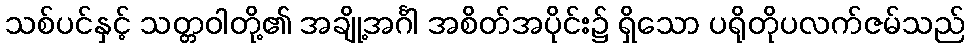
သစ်ပင်နှင့် သတ္တဝါတို့၏ အချို့အင်္ဂါ အစိတ်အပိုင်း၌ ရှိသော ပရိုတိုပလက်ဇမ်သည်